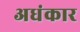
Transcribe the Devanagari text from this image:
अधंकार